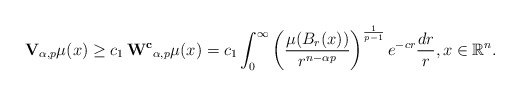
\begin{align*} \mathbf{V}_{\alpha, p}\mu(x) \ge c_1 \, \mathbf{W^{c}}_{\alpha, p}\mu(x)=c_1 \int_0^{\infty} \left(\frac{\mu(B_r(x))}{r^{n-\alpha p}}\right)^{\frac{1}{p-1}}e^{-c r} \frac{dr}{r}, x \in \mathbb{R}^n. \end{align*}